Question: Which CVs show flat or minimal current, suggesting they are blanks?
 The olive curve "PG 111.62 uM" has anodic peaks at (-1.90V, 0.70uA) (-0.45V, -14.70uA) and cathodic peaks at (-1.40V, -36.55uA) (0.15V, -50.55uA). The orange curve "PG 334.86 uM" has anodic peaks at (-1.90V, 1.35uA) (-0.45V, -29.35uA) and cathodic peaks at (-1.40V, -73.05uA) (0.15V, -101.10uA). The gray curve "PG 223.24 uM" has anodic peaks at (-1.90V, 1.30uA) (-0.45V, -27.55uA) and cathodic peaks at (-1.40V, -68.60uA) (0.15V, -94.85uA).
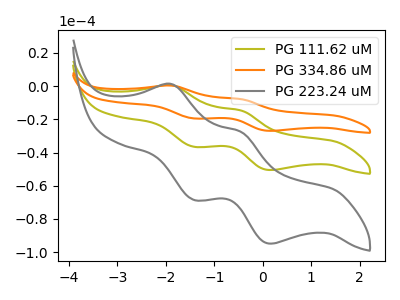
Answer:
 <answer>There are not any CV's on this graph that are likely to be blanks.</answer>
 <eval>none</eval>